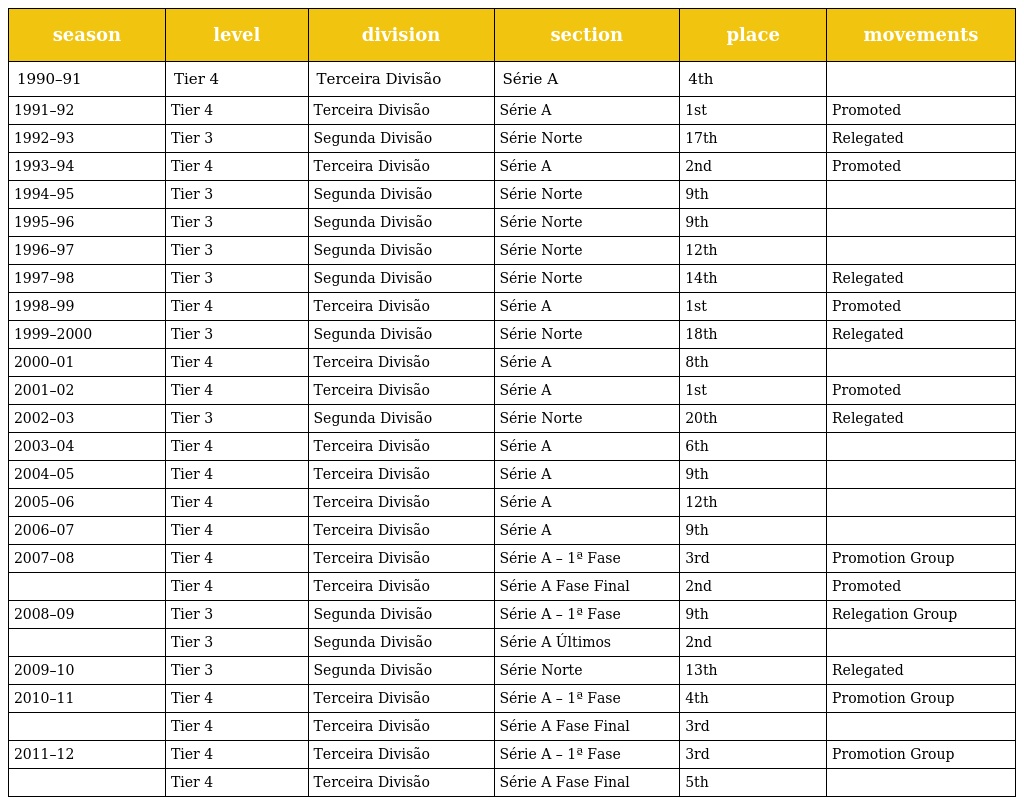
| season | level | division | section | place | movements |
 | --- | --- | --- | --- | --- | --- |
 | 1990–91 | Tier 4 | Terceira Divisão | Série A | 4th |  |
 | 1991–92 | Tier 4 | Terceira Divisão | Série A | 1st | Promoted |
 | 1992–93 | Tier 3 | Segunda Divisão | Série Norte | 17th | Relegated |
 | 1993–94 | Tier 4 | Terceira Divisão | Série A | 2nd | Promoted |
 | 1994–95 | Tier 3 | Segunda Divisão | Série Norte | 9th |  |
 | 1995–96 | Tier 3 | Segunda Divisão | Série Norte | 9th |  |
 | 1996–97 | Tier 3 | Segunda Divisão | Série Norte | 12th |  |
 | 1997–98 | Tier 3 | Segunda Divisão | Série Norte | 14th | Relegated |
 | 1998–99 | Tier 4 | Terceira Divisão | Série A | 1st | Promoted |
 | 1999–2000 | Tier 3 | Segunda Divisão | Série Norte | 18th | Relegated |
 | 2000–01 | Tier 4 | Terceira Divisão | Série A | 8th |  |
 | 2001–02 | Tier 4 | Terceira Divisão | Série A | 1st | Promoted |
 | 2002–03 | Tier 3 | Segunda Divisão | Série Norte | 20th | Relegated |
 | 2003–04 | Tier 4 | Terceira Divisão | Série A | 6th |  |
 | 2004–05 | Tier 4 | Terceira Divisão | Série A | 9th |  |
 | 2005–06 | Tier 4 | Terceira Divisão | Série A | 12th |  |
 | 2006–07 | Tier 4 | Terceira Divisão | Série A | 9th |  |
 | 2007–08 | Tier 4 | Terceira Divisão | Série A – 1ª Fase | 3rd | Promotion Group |
 |  | Tier 4 | Terceira Divisão | Série A Fase Final | 2nd | Promoted |
 | 2008–09 | Tier 3 | Segunda Divisão | Série A – 1ª Fase | 9th | Relegation Group |
 |  | Tier 3 | Segunda Divisão | Série A Últimos | 2nd |  |
 | 2009–10 | Tier 3 | Segunda Divisão | Série Norte | 13th | Relegated |
 | 2010–11 | Tier 4 | Terceira Divisão | Série A – 1ª Fase | 4th | Promotion Group |
 |  | Tier 4 | Terceira Divisão | Série A Fase Final | 3rd |  |
 | 2011–12 | Tier 4 | Terceira Divisão | Série A – 1ª Fase | 3rd | Promotion Group |
 |  | Tier 4 | Terceira Divisão | Série A Fase Final | 5th |  |